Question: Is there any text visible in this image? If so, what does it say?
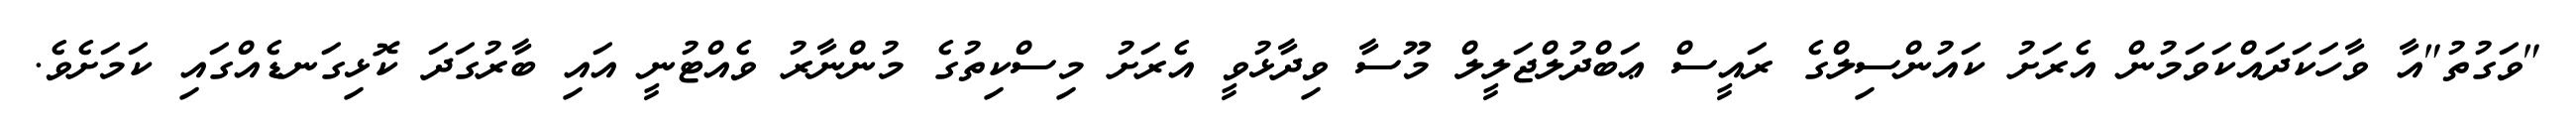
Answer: "ވަގުތު"އާ ވާހަކަދައްކަވަމުން އެރަށު ކައުންސިލްގެ ރައީސް ޢަބްދުލްޖަލީލް މޫސާ ވިދާޅުވީ އެރަށު މިސްކިތުގެ މުންނާރު ވެއްޓުނީ އައި ބާރުގަދަ ކޮޅިގަނޑެއްގައި ކަމަށެވެ.